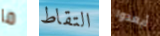
ما التقاط أبعدوا